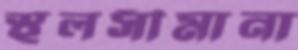
স্থলসীমানা